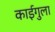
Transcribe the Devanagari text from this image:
काईगुला